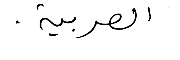
العربية.